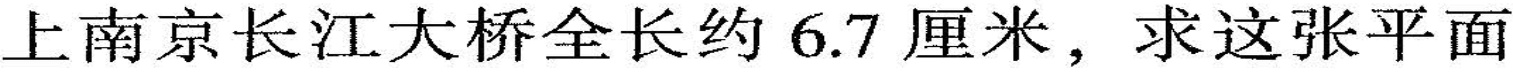
上南京长江大桥全长约6.7厘米，求这张平面